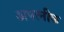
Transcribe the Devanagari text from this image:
अपत्नीक